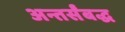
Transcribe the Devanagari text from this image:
अन्तर्संबद्ध